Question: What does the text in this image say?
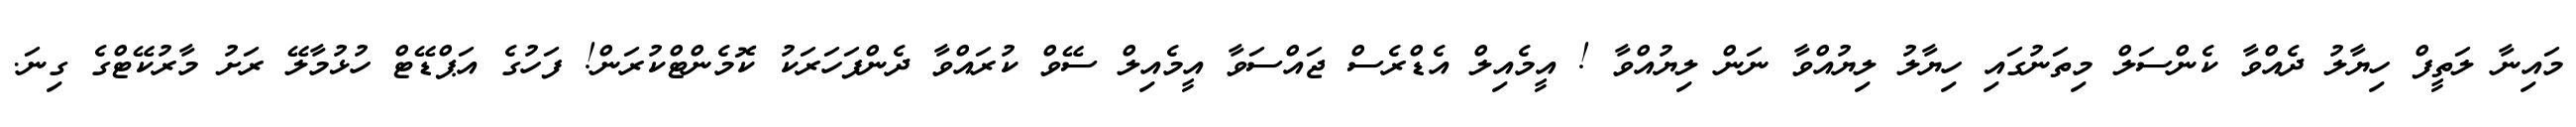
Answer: މައިނާ ލަތީފް ހިޔާލު ދެއްވާ ކެންސަލް މިތަނުގައި ހިޔާލު ލިޔުއްވާ ނަން ލިޔުއްވާ ! އީމެއިލް އެޑްރެސް ޖައްސަވާ އީމެއިލް ސޭވް ކުރައްވާ ދެންފަހަރަކު ކޮމެންޓްކުރަން! ފަހުގެ އަޕްޑޭޓް ހުޅުމާލޭ ރަށު މާރުކޭޓްގެ ގިނަ.